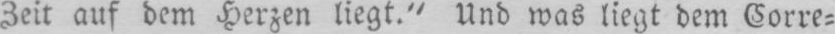
Zeit auf dem Herzen liegt.“ Und was liegt dem Corre⸗